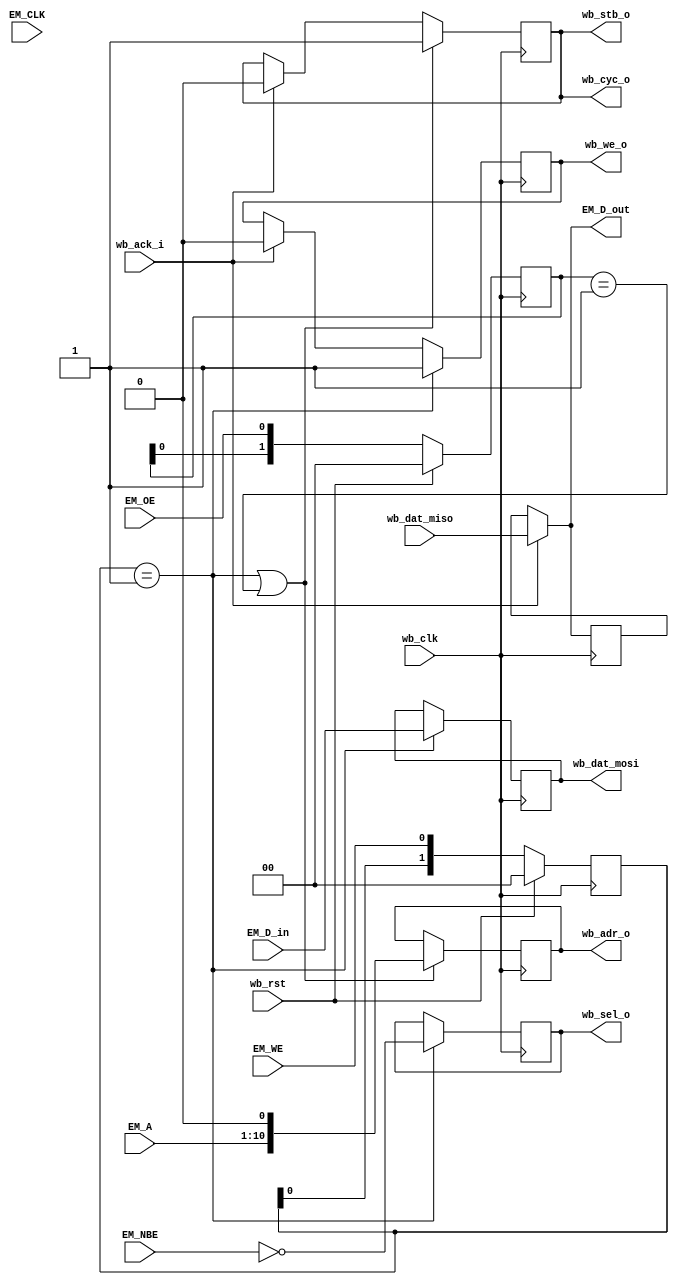
//
// Copyright 2011 Ettus Research LLC
//
// This program is free software: you can redistribute it and/or modify
// it under the terms of the GNU General Public License as published by
// the Free Software Foundation, either version 3 of the License, or
// (at your option) any later version.
//
// This program is distributed in the hope that it will be useful,
// but WITHOUT ANY WARRANTY; without even the implied warranty of
// MERCHANTABILITY or FITNESS FOR A PARTICULAR PURPOSE.  See the
// GNU General Public License for more details.
//
// You should have received a copy of the GNU General Public License
// along with this program.  If not, see <http://www.gnu.org/licenses/>.
//



module gpmc_wb
  (input EM_CLK, input [15:0] EM_D_in, output [15:0] EM_D_out, input [10:1] EM_A, input [1:0] EM_NBE,
   input EM_WE, input EM_OE,

   input wb_clk, input wb_rst,
   output reg [10:0] wb_adr_o, output reg [15:0] wb_dat_mosi, input [15:0] wb_dat_miso,
   output reg [1:0] wb_sel_o, output wb_cyc_o, output reg wb_stb_o, output reg wb_we_o, input wb_ack_i);
   
   // ////////////////////////////////////////////
   // Control Path, Wishbone bus bridge (wb master)
   reg [1:0] we_del, oe_del;

   // Synchronize the async control signals
   always @(posedge wb_clk)
     if (wb_rst) begin
        we_del <= 2'b0;
        oe_del <= 2'b0;
     end
     else begin
        we_del <= { we_del[0], EM_WE };
        oe_del <= { oe_del[0], EM_OE };
     end

    wire writing = we_del == 2'b01;
    wire reading = oe_del == 2'b01;

   always @(posedge wb_clk)
     if(writing || reading)
       wb_adr_o <= { EM_A, 1'b0 };

   always @(posedge wb_clk)
     if(writing)
       begin
          wb_dat_mosi <= EM_D_in;
          wb_sel_o <= ~EM_NBE;
       end

   reg [15:0] EM_D_hold;
   
   always @(posedge wb_clk)
     if(wb_ack_i)
       EM_D_hold <= wb_dat_miso;

   assign EM_D_out = wb_ack_i ? wb_dat_miso : EM_D_hold;
   
   assign wb_cyc_o = wb_stb_o;

   always @(posedge wb_clk)
     if(writing)
       wb_we_o <= 1;
     else if(wb_ack_i)  // Turn off we when done.  Could also use we_del[0], others...
       wb_we_o <= 0;

   always @(posedge wb_clk)
     if(writing || reading)
       wb_stb_o <= 1;
     else if(wb_ack_i)
       wb_stb_o <= 0;
   
endmodule // gpmc_wb